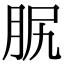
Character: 𦙷